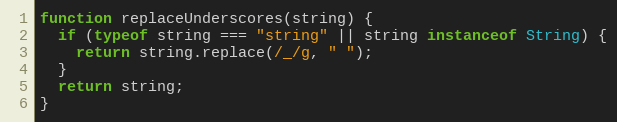
Language: JavaScript
function replaceUnderscores(string) {
  if (typeof string === "string" || string instanceof String) {
    return string.replace(/_/g, " ");
  }
  return string;
}